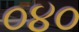
૦૪૦